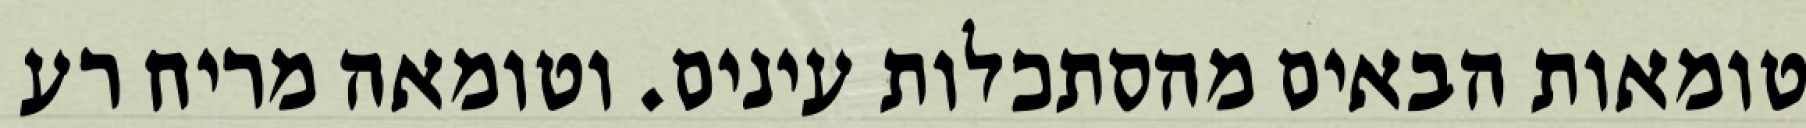
טומאות הבאים מהסתכלות עינים. וטומאה מריח רע